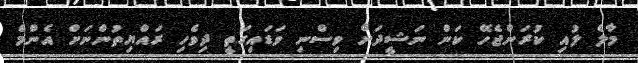
މާލެ ލުއި ކުރަންޖެހޭ ކަން ނަޝީދަށް ވިސްނި ވަޑައިގަތީ ދިވެހި ރައްޔިތުންނަށް އެންމެ